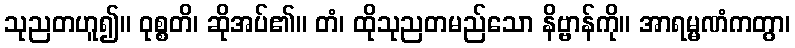
သုညတဟူ၍။ ဝုစ္စတိ၊ ဆိုအပ်၏။ တံ၊ ထိုသုညတမည်သော နိဗ္ဗာန်ကို။ အာရမ္မဏံကတွာ၊